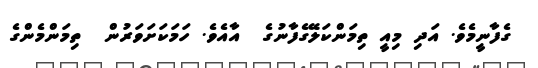
ގެފާނީމެވެ. އަދި މިއީ ތިމަންކަލޭގެފާނުގެ  އާއެވެ. ހަމަކަށަވަރުން  ތިމަންމެންގެ